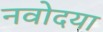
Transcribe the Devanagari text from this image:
नवोदया